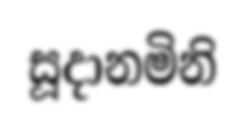
සූදානමිනි